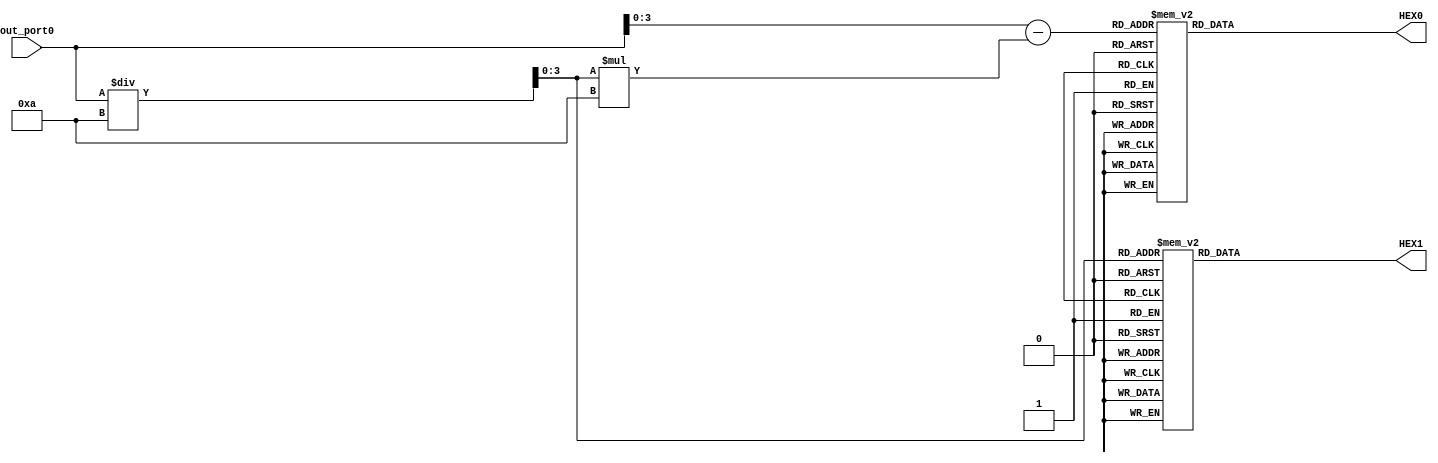
module out_port_seg(out_port0,HEX0,HEX1);
	input [31:0] out_port0;
	output reg [6:0] HEX0,HEX1;
	wire [3:0] high=out_port0/10;
	wire [3:0] low=out_port0-high*10;
	initial
	begin
		HEX0 = 0;
		HEX1 = 0;
	end
	always @(*)
		begin
		case(low) //10 gfedcba
			0: HEX0[6:0] = 7'b1000000;
			1: HEX0[6:0] = 7'b1111001;
			2: HEX0[6:0] = 7'b0100100;
			3: HEX0[6:0] = 7'b0110000;
			4: HEX0[6:0] = 7'b0011001;
			5: HEX0[6:0] = 7'b0010010;
			6: HEX0[6:0] = 7'b0000010;
			7: HEX0[6:0] = 7'b1111000;
			8: HEX0[6:0] = 7'b0000000;
			9: HEX0[6:0] = 7'b0010000;
			default: HEX0[6:0] = 7'b1111111;
		endcase
		end
		
	always @(*)
		begin
		case(high)
			0: HEX1[6:0] = 7'b1000000;
			1: HEX1[6:0] = 7'b1111001;
			2: HEX1[6:0] = 7'b0100100;
			3: HEX1[6:0] = 7'b0110000;
			4: HEX1[6:0] = 7'b0011001;
			5: HEX1[6:0] = 7'b0010010;
			6: HEX1[6:0] = 7'b0000010;
			7: HEX1[6:0] = 7'b1111000;
			8: HEX1[6:0] = 7'b0000000;
			9: HEX1[6:0] = 7'b0010000;
			default: HEX1[6:0] = 7'b1111111;
		endcase
		end

endmodule